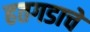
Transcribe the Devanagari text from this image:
हतगडाचे